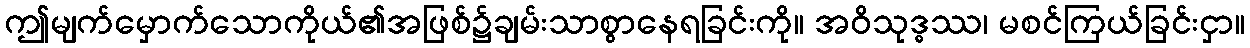
ဤမျက်မှောက်သောကိုယ်၏အဖြစ်၌ချမ်းသာစွာနေရခြင်းကို။ အဝိသုဒ္ဓဿ၊ မစင်ကြယ်ခြင်းငှာ။